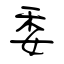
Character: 委